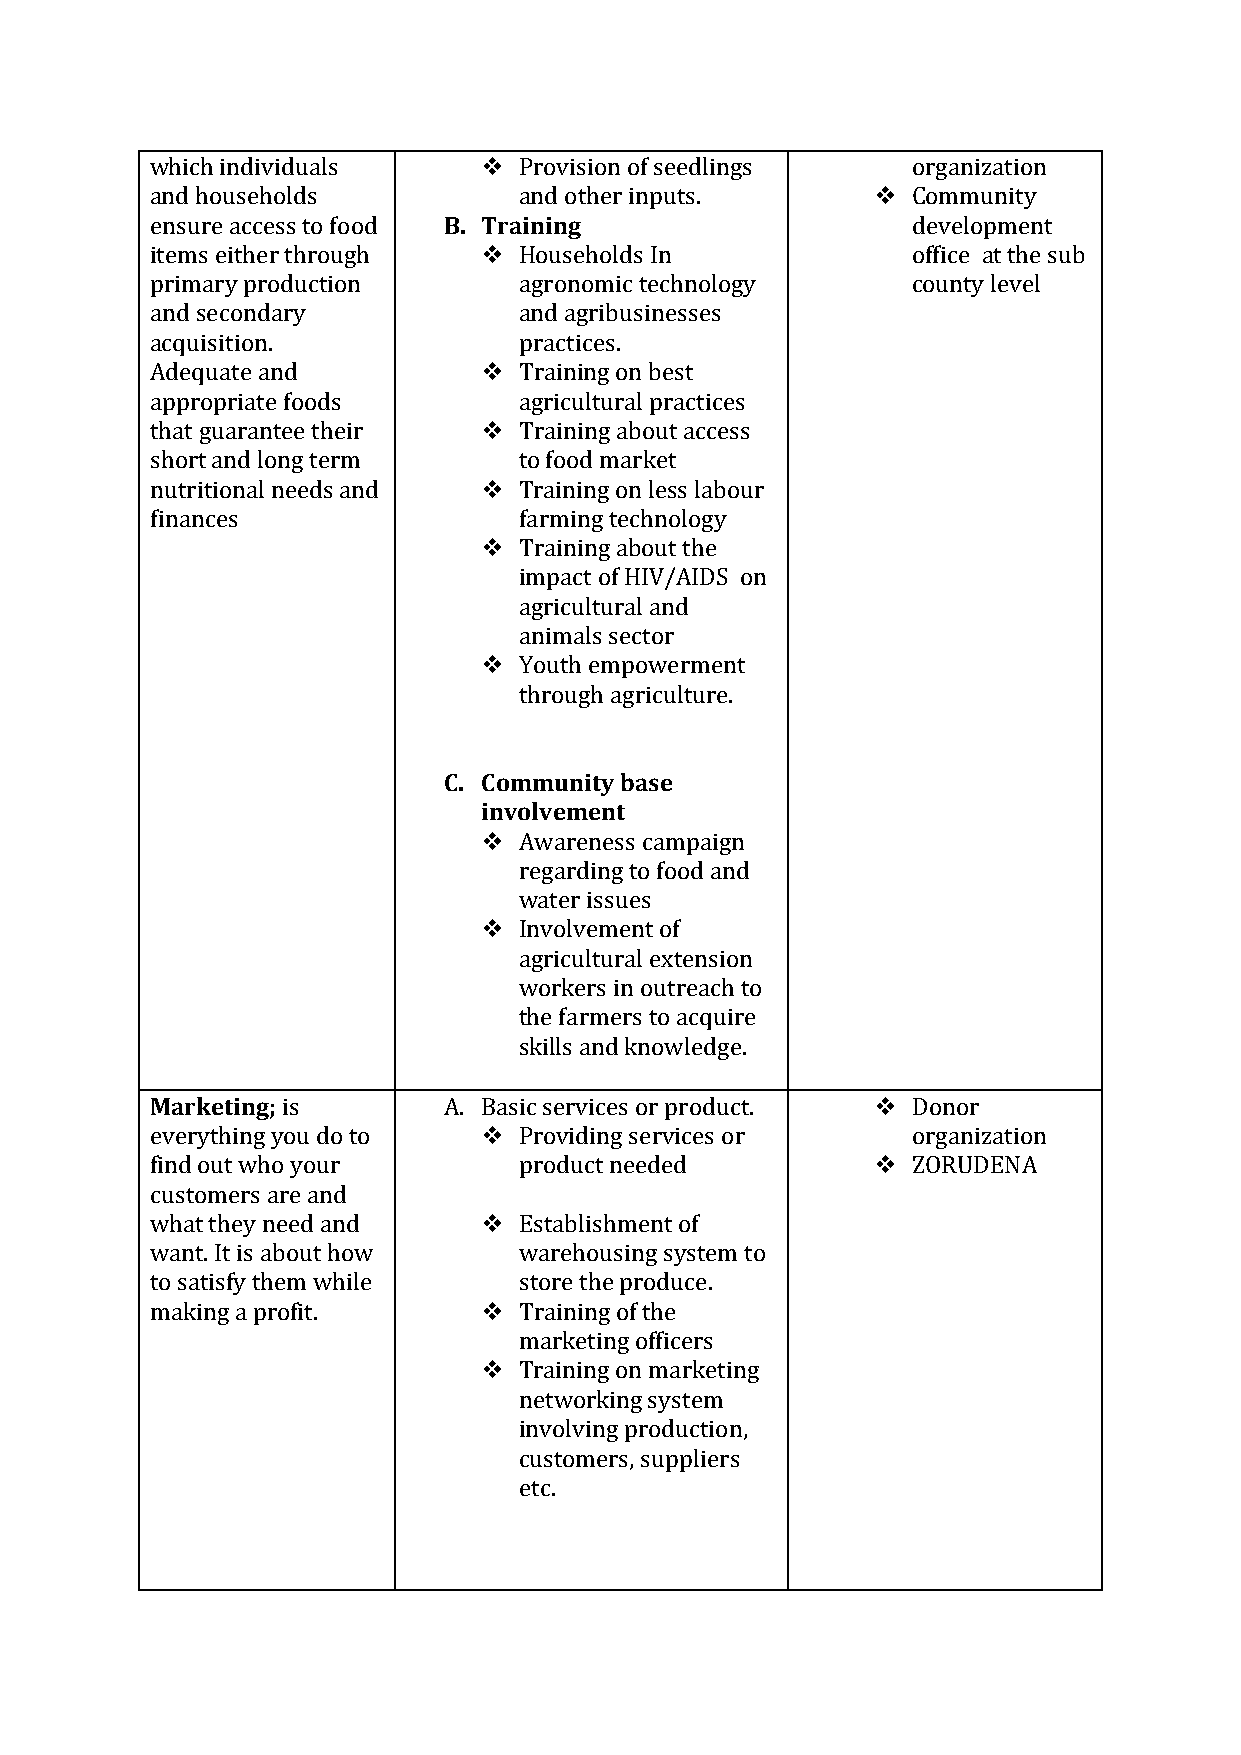
which individuals      Provision of seedlings    organization
 and households          and other inputs.        Community
 ensure access to food B. Training                 development
 items either through   Households In             office at the sub
 primary production      agronomic technology      county level
 and secondary           and agribusinesses
 acquisition.            practices.
 Adequate and           Training on best
 appropriate foods       agricultural practices
 that guarantee their   Training about access
 short and long term     to food market
 nutritional needs and  Training on less labour
 finances                farming technology
  Training about the
 impact of HIV/AIDS on
 agricultural and
 animals sector
  Youth empowerment
 through agriculture.
 C. Community base
 involvement
  Awareness campaign
 regarding to food and
 water issues
  Involvement of
 agricultural extension
 workers in outreach to
 the farmers to acquire
 skills and knowledge.
 Marketing; is      A. Basic services or product.  Donor
 everything you do to   Providing services or     organization
 find out who your       product needed           ZORUDENA
 customers are and
 what they need and     Establishment of
 want. It is about how   warehousing system to
 to satisfy them while   store the produce.
 making a profit.       Training of the
 marketing officers
  Training on marketing
 networking system
 involving production,
 customers, suppliers
 etc.